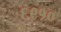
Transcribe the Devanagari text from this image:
६९१०